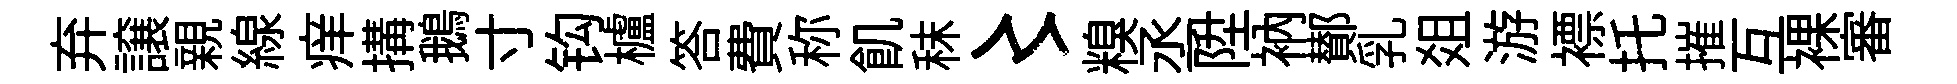
弃譲親線痒搆鵝寸钩櫨答費称飢秣〻糗丞陞衲鄼乳爼游褾托摧互裸審